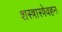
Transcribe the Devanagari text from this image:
शस्त्रास्त्रेवहन